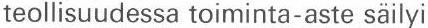
teollisuudessa toiminta-aste säilyi